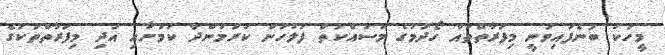
މީހަކު ބުނެފައިވަނީ މިފަރާތްތައް ހޯދުމުގެ މަސައްކަތް ފުލުހުން ކުރަމުންދާ ކަމަށާއި އަދި މިފަރާތްތަކުގެ